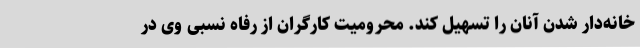
خانه‌دار شدن آنان را تسهیل کند. محرومیت کارگران از رفاه نسبی وی در